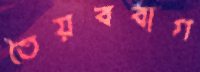
তৈয়ববাগ